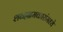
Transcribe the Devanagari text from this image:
शब्दभ्रमकारांमध्ये